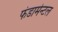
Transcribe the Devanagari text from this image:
फंडामेन्टल